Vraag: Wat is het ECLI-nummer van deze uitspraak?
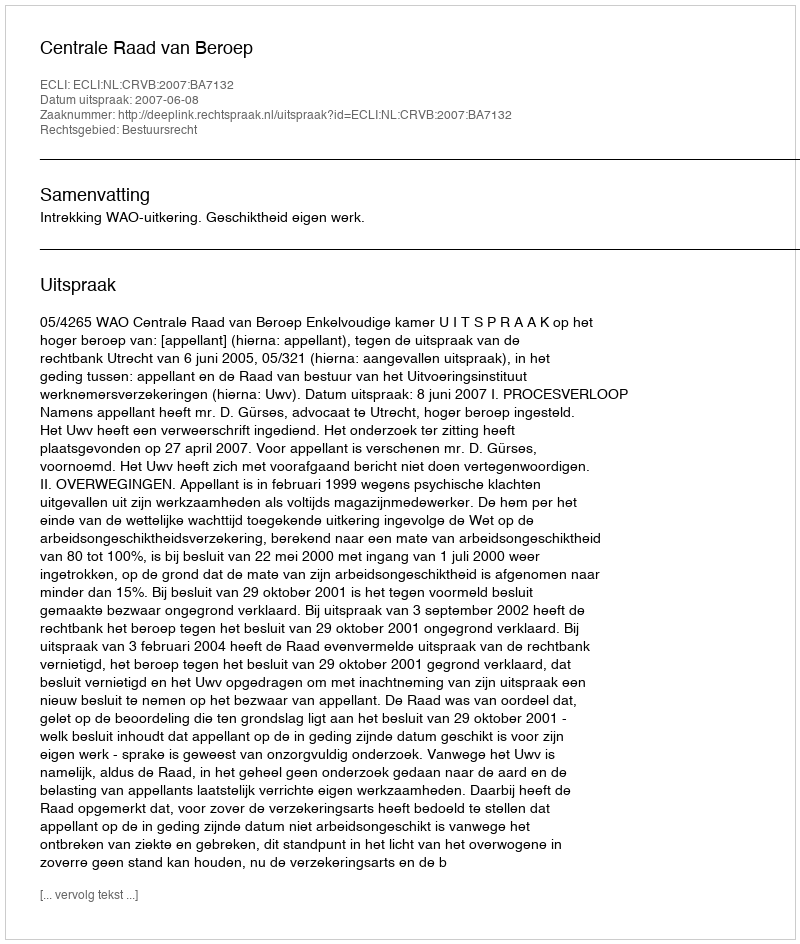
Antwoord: ECLI:NL:CRVB:2007:BA7132